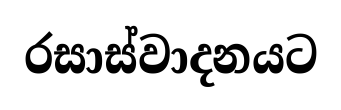
රසාස්වාදනයට